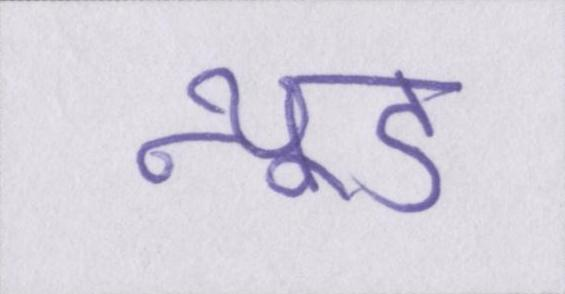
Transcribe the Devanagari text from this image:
न्यूड